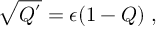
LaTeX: \sqrt { Q ^ { ' } } = \epsilon ( 1 - Q ) \; ,